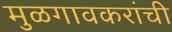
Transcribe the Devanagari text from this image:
मुळगावकरांची